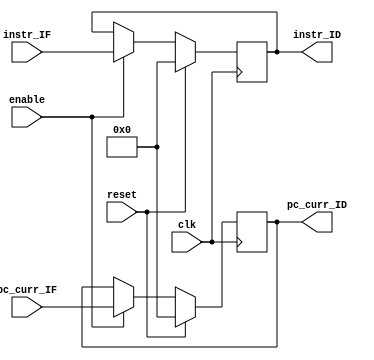
module IF_reg(enable, reset, pc_curr_IF, pc_curr_ID, instr_IF, instr_ID, clk);

input clk, enable, reset ;
input  [31:0]  pc_curr_IF, instr_IF ;
output  reg [31:0] pc_curr_ID, instr_ID ;

always @(posedge clk) 
begin
if(reset == 1'b1) begin
pc_curr_ID <= 0;
instr_ID <= 0;
end
else if(enable == 1'b1)
begin
pc_curr_ID <= pc_curr_IF ;
instr_ID <= instr_IF ;
end

end

endmodule